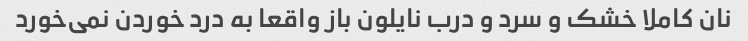
نان کاملا خشک و سرد و درب نایلون باز واقعا به درد خوردن نمی‌خورد